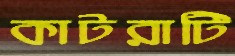
কাটরাটি